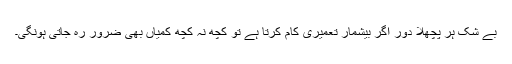
بے شک ہر پچھلا دور اگر بیشمار تعمیری کام کرتا ہے تو کچھ نہ کچھ کمیاں بھی ضرور رہ جاتی ہونگی۔